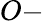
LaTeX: O-